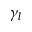
\gamma _ { l }